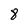
Character: 8